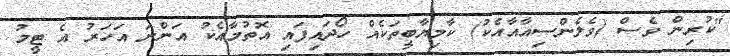
"ކުރިން ވެސް (ވެލެންސިއާއާއެކު) ކާމިޔާބީތަކެއް ހޯދައިފައި އޮތުމާއެކު އަންނަ އަހަރު އެ ޓީމު